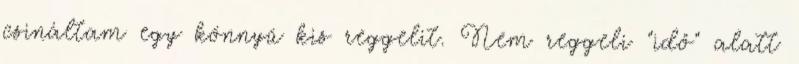
csináltam egy könnyű kis reggelit. Nem reggeli "idő" alatt